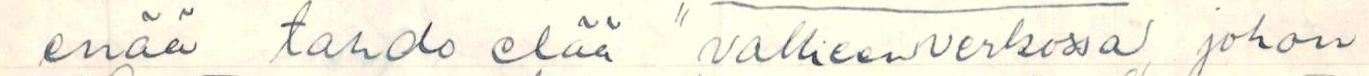
enää tahdo elää valheenverkossa johon